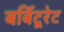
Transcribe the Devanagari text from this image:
बर्बिटूरेट